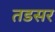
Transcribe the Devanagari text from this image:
तडसर